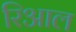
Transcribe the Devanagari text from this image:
रिआल